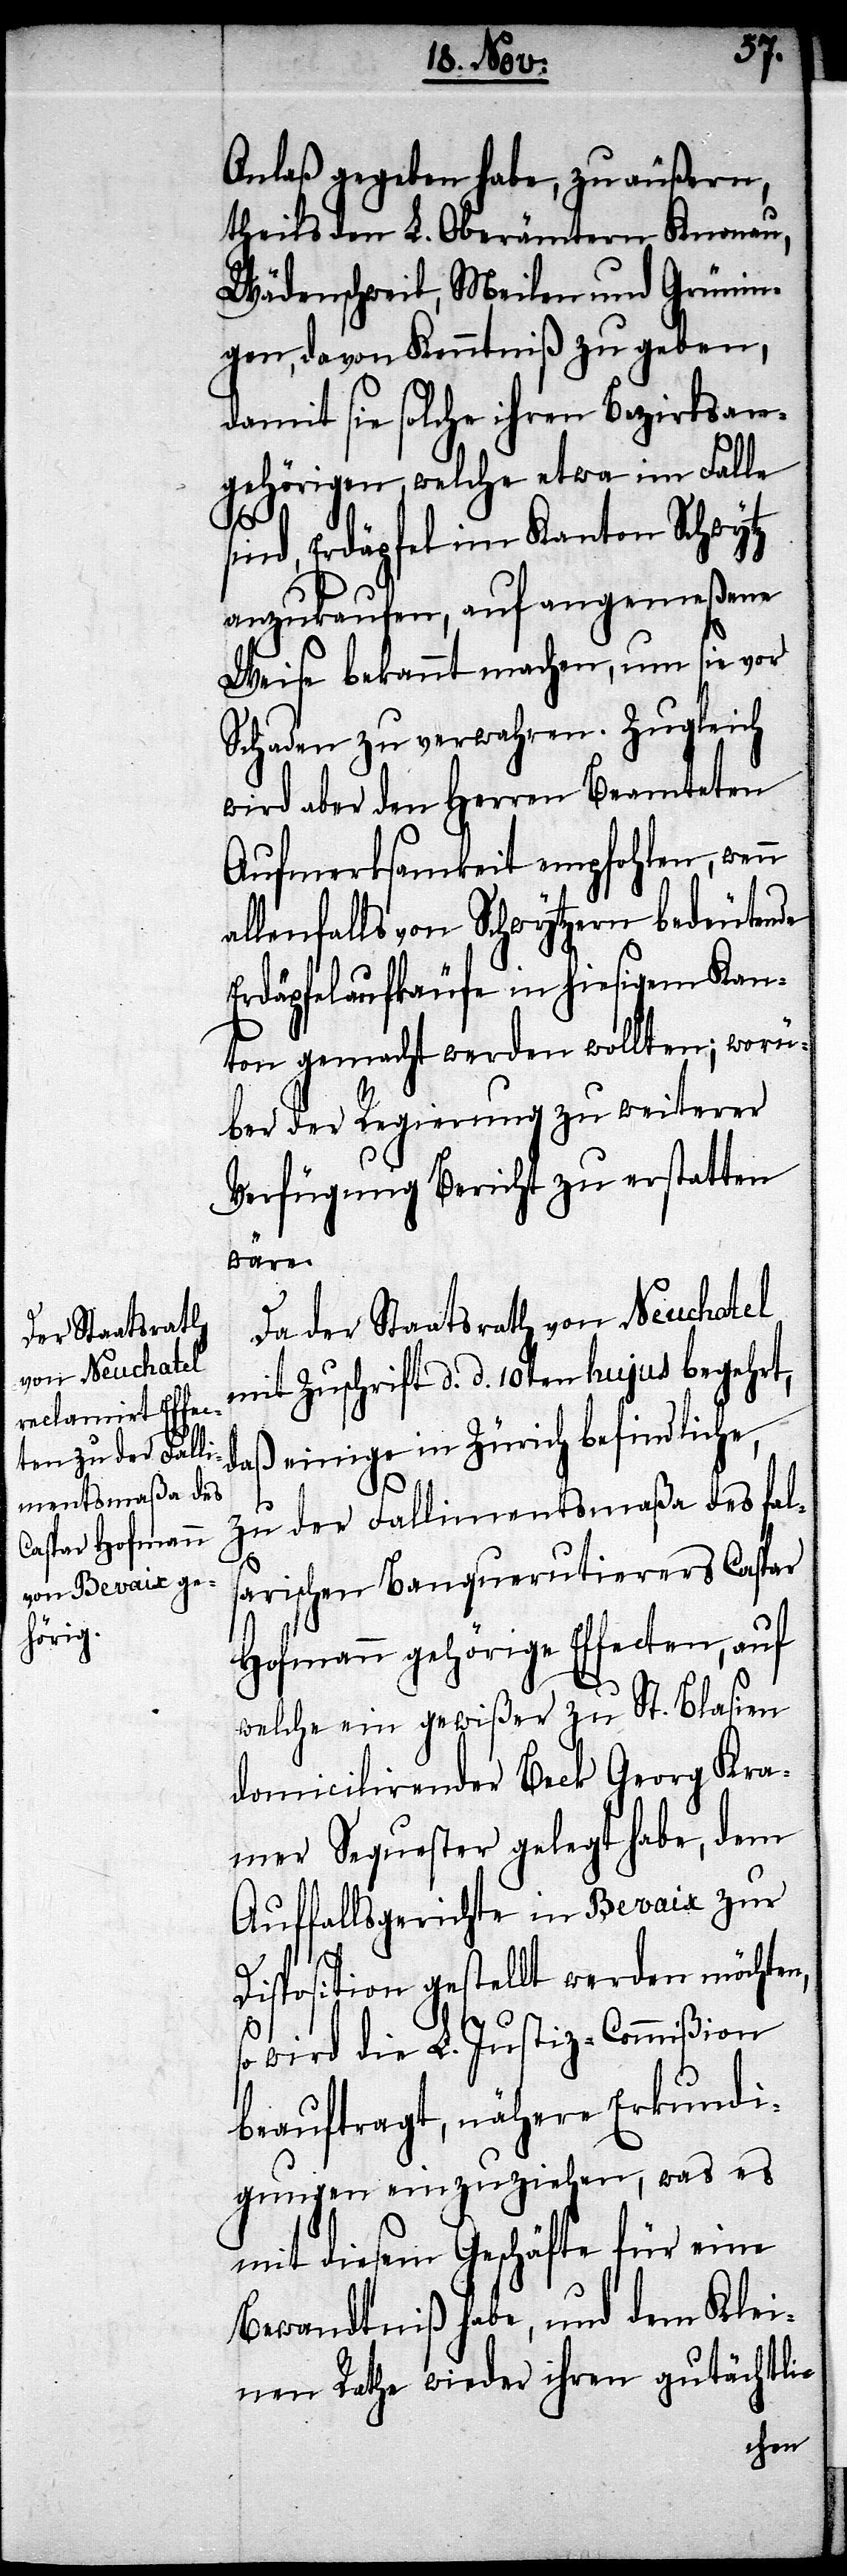
Anlaß gegeben habe, zu äußern,
theils den L. Oberämtern Knonau,
Wädenschweil, Meilen und Grünin¬
gen davon Kenntniß zu geben,
damit sie solche ihren Bezirksan¬
gehörigen, welche etwa im Falle
sind, Erdäpfel im Kanton Schwytz
anzukaufen, auf angemeßene
Weise bekannt machen, um sie vor
Schaden zu verwahren. Zugleich
wird aber den Herrn Beamteten
Aufmerksamkeit empfohlen, wenn
allenfalls von Schwytzern bedeutende
Erdäpfelaufkäufe in hiesigem Kan¬
ton gemacht werden wollten; worü¬
ber der Regierung zu weiterer
Verfügung Bericht zu erstatten
wäre.
Da der Staatsrath von Neuchatel
mit Zuschrift d. d. 10ten hujus begehrt,
daß einige in Zürich befindliche,
zu der Fallimentsmaßa des fals¬
arischen Banquerutierers Caspar
Hofmann gehörige Effecten, auf
welche ein gewißer zu St. Blasien
domicilirender Beck Georg Kra¬
mer Sequester gelegt habe, dem
Auffallsgericht in Bevaix zur
Disposition gestellt werden möchten,
so wird die L. Justiz-Commißion
beauftragt, nähere Erkundi¬
gungen einzuziehen, was es
mit diesem Geschäfte für eine
Bewandtniß habe, und dem Klei¬
nen Rathe wieder ihren gutächtli-